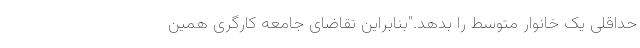
حداقلی یک خانوار متوسط را بدهد."بنابراین تقاضای جامعه کارگری همین